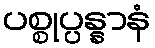
ပစ္စုပ္ပန္နာနံ